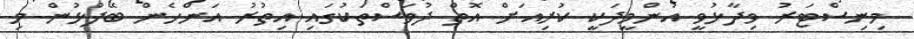
މިނިސްޓަރު ވިދާޅުވީ އުންމީދަކީ ކުރިއަށް އޮތް ދުވަސްތަކުގައި އިތުރު އަންހެން ބޭފުޅުން މި